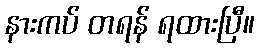
နားကပ် တရန် ရထားပြီ။